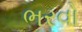
ભરવો